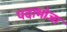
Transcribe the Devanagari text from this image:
पदाभोजा